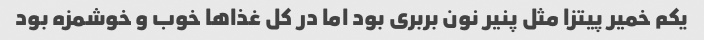
یکم خمیر پیتزا مثل پنیر نون بربری بود اما در کل غذاها خوب و خوشمزه بود